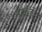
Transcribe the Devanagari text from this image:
मार्कडेंय